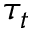
\tau _ { t }